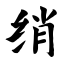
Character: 绡